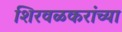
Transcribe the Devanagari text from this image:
शिरवळकरांच्या